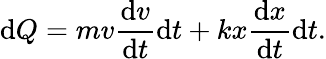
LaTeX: \mathrm{d}Q=mv\frac{\mathrm{d}v}{\mathrm{d}t}\mathrm{d}t+kx\frac{\mathrm{d}x}{\mathrm{d}t}\mathrm{d}t.